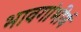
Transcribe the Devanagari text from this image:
भावगांभीर्य